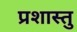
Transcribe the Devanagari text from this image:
प्रशास्तु